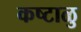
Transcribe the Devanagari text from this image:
कष्टाळु